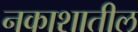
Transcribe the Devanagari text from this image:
नकाशातील